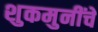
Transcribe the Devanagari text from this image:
शुकमुनींचे